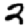
Digit: 2